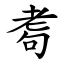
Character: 耈